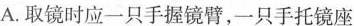
A.取镜时应一只手握镜臂，一只手托镜座